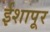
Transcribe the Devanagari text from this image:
ईशापूर